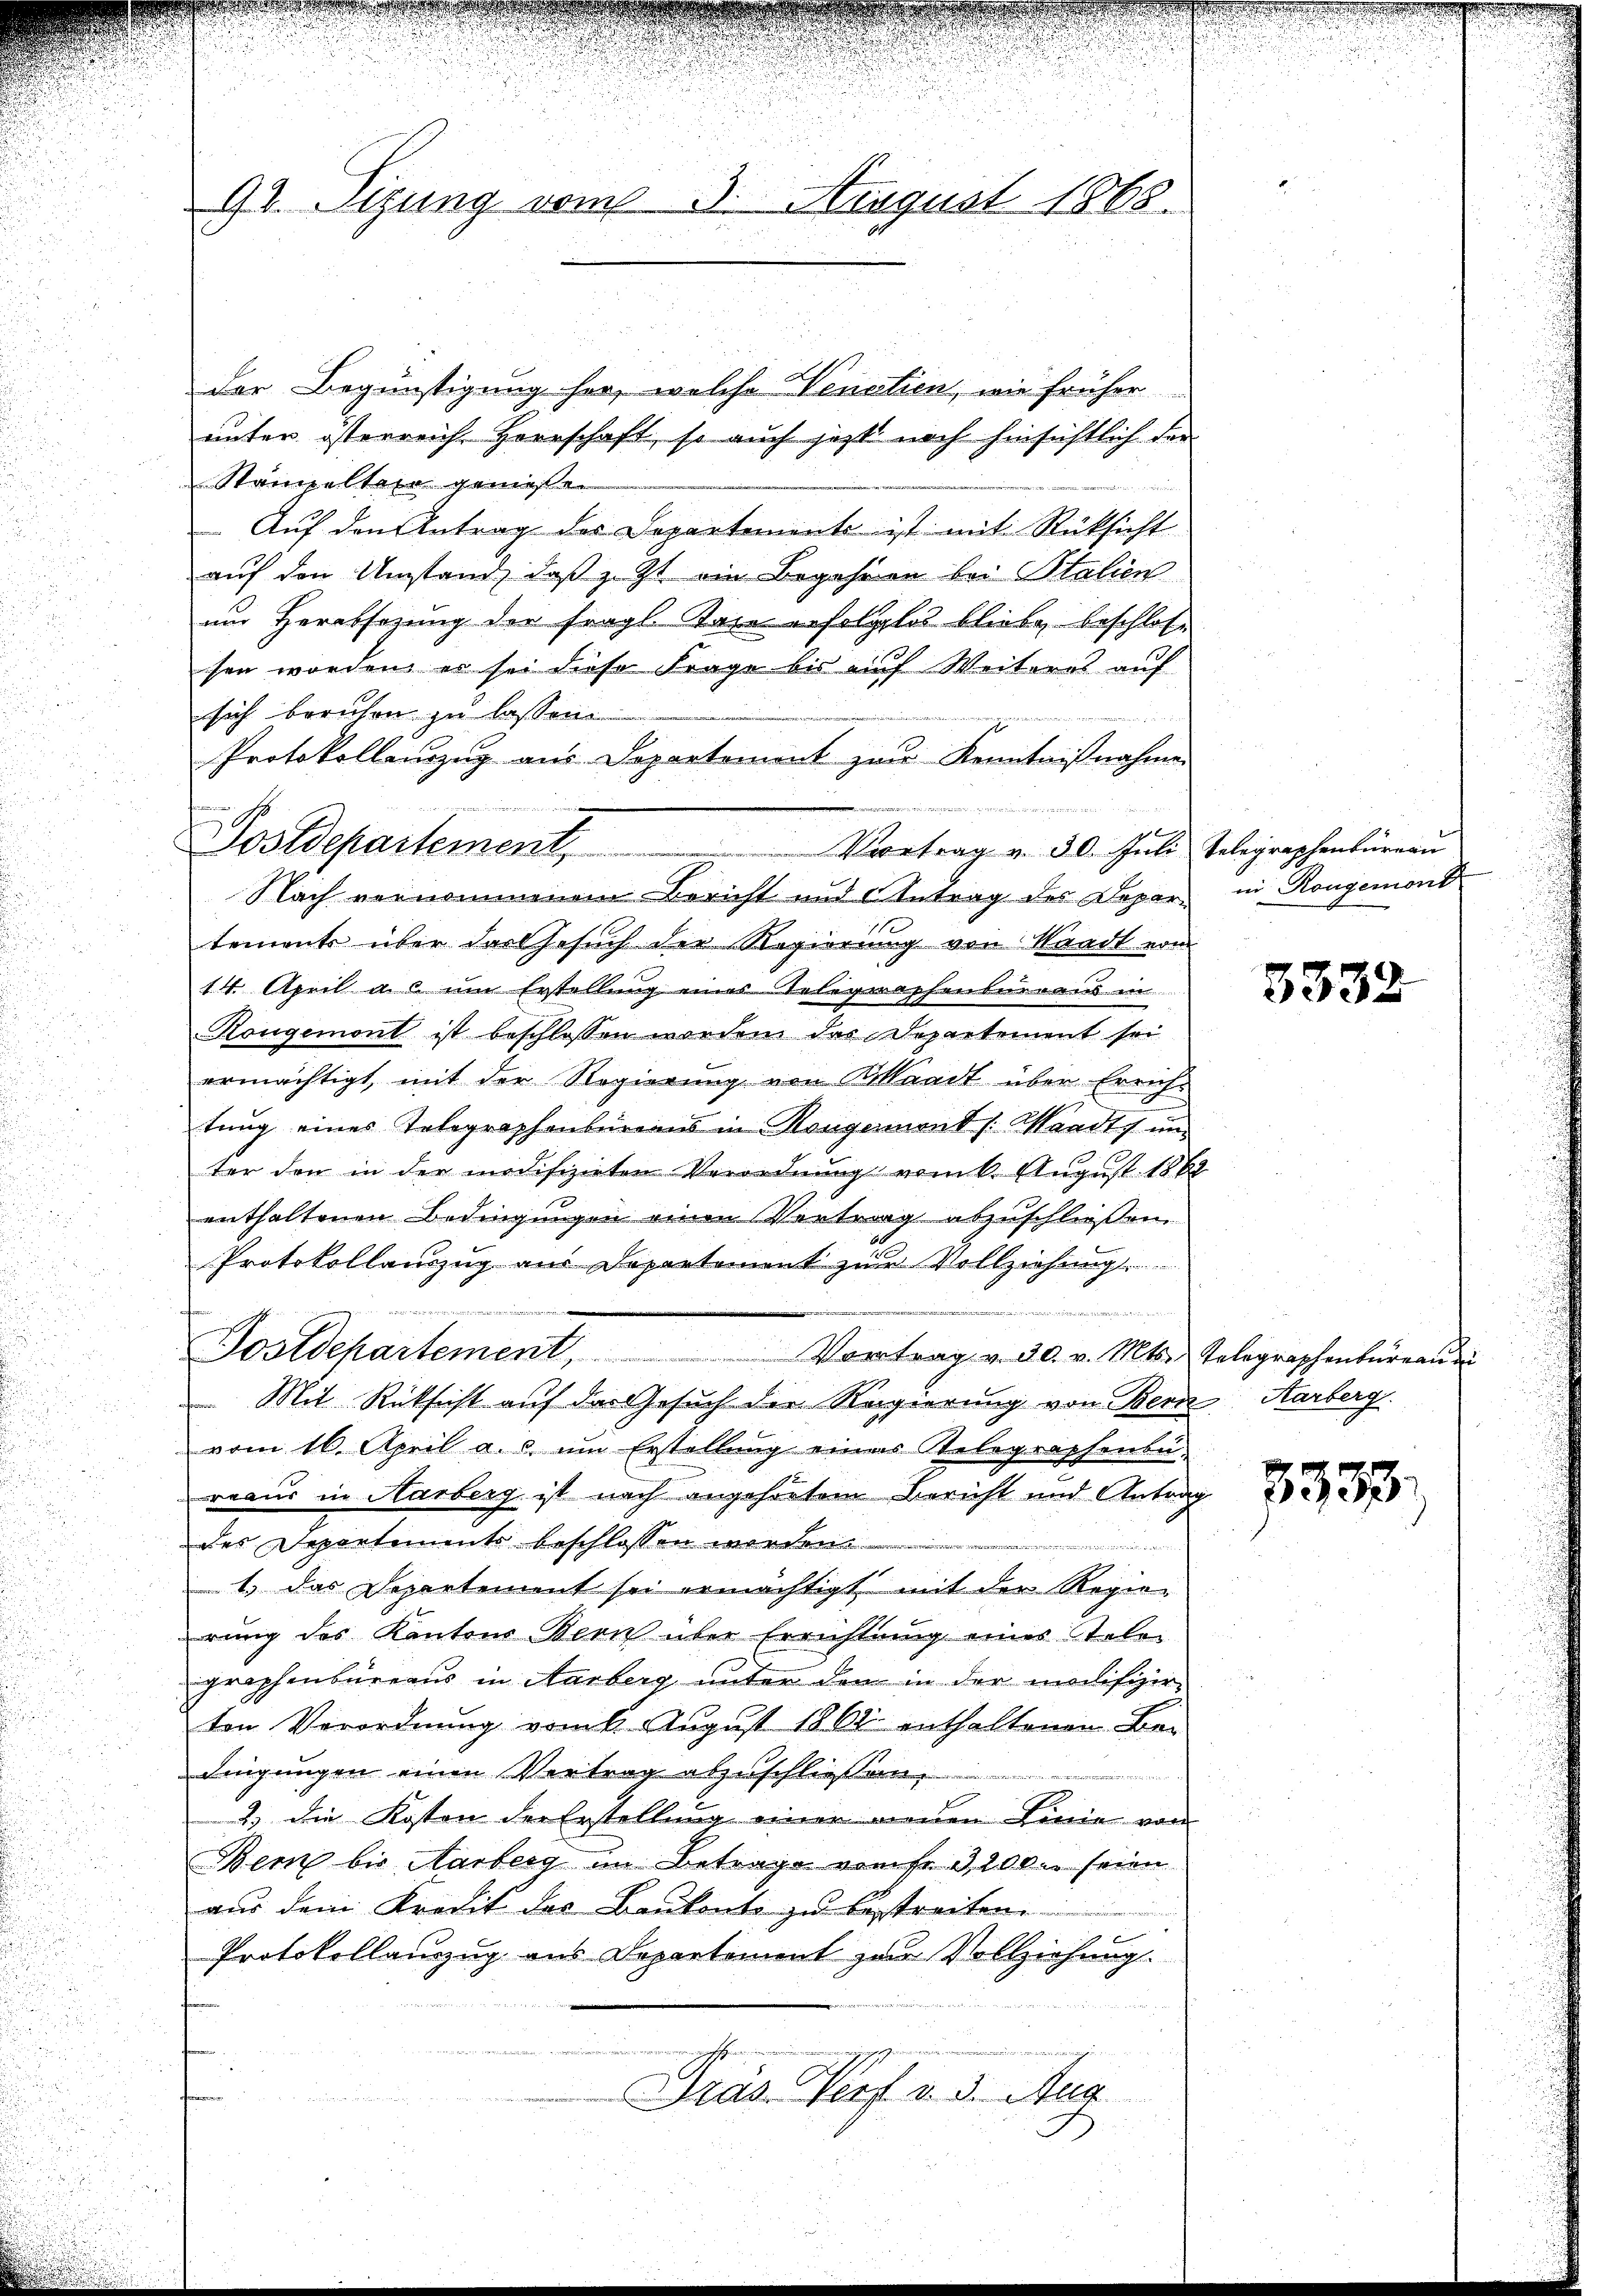
9t. Sizung vom 3. August 1868.

der Begünstigung her, welche Venetien, wie früher
unter österreich Herrschaft, so auch jetzt noch hinsichtlich der
Stammeltere gemesse.
Auf den Antrag des Departemente ist mit Rücksicht
auf den Umstand, daß z. Zt. ein Begehren bei Statien
um Herabsetzung der fragl. Trie erfolglos bliebe beschloße
sen worden er sei diese Frage bis auf Weiteres auf
sich beruhen zu lassen.

Protokollenzug aus Departemont zur Kenntnisnahmen
Postdepartement. Vortrag v. 30. Juli
Nach vernommenem Bericht und Antrag des Departements über dargesuch der Regierung von Waadt von
14. April a. c. um Erstellung eines Telegraphenbureaus in
Kongemont ist beschlossen worden das Departement sei
ermächtigt, mit der Regierung von Waadt über Errich-
tung eines Telegraphenbureaus in angennant /: Mandte um
ter den in der modifizirten Verordnung vom 6. August 186
enthaltenen Bedingungen einen Vertrag abzuschließen.
Protokollauszug aus Departement zur Vollziehung
iichen, weni
Tostdepartement Vortrag v. 30. v. Mts. Telegraphenbüreaŭ
 Mit Rücksicht auf das Gesuch der Regierung von Bern Karberg.
vom 16. April a. c. um Erstellung eines Telegraphensu-
reaus in Harberg ist nach angehörtem Bericht und Antrag
des Departements beschlossen werden.
1.) Das Departement sei ermächtigt mit der Regie-
rung des Kantons Bern über Errichtung eines tele-
graphenbureaus in Aarberg unter den in der modifizir
ten Verordnŭng vom 6. August 1861 enthaltenen Be-
dingungen einen Vertrag abzuschliessen.
2.) die Kosten der Erstellung einer neuen Linie von
Bem bis Aarberg im Betrage vom fr. 3200. seien
aus dem Kredit der Baukonto zu bestreiten.
2
Protokollanzug aus Departement zur Vollziehung.
.
Gras Verf. v. 3. Aug

Telegraphenbürern
in Rongemont

5338

3338)